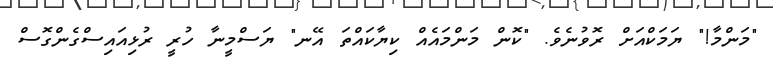
"މަންމާ!" ޔަމަކްއަށް ރޮވުނެވެ. "ކޮން މަންމައެއް ކިޔާކައްތަ އޭނ" ޔަސްމީނާ ހުރީ ރުޅިއައިސްގެންގޮސް